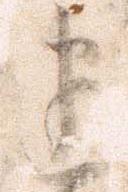
建